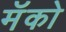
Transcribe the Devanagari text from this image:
मॅको